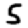
Digit: 5